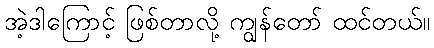
အဲ့ဒါကြောင့် ဖြစ်တာလို့ ကျွန်တော် ထင်တယ်။